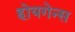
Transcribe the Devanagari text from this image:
होयगेन्स